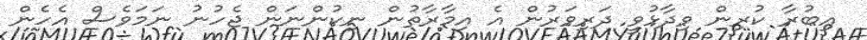
އިބުރާ ކުރިން ވިދާޅުވީ ދަރިވަރުން އެ އިމާރާތުން ނިކުންނަން ޖެހުނު ނަމަވެސް އެހެން